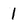
Character: 1